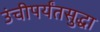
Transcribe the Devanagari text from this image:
उंचीपर्यंतसुद्धा